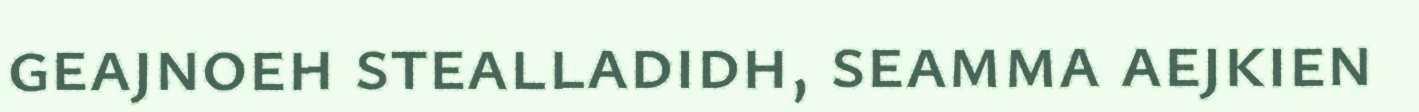
geajnoeh stealladidh, seamma aejkien